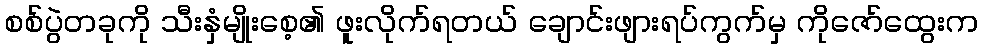
စစ်ပွဲတခုကို သီးနှံမျိုးစေ့၏ ဖူးလိုက်ရတယ် ချောင်းဖျားရပ်ကွက်မှ ကိုဇော်ထွေးက